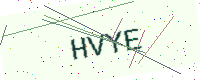
Text: HVYE